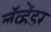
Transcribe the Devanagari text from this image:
लॅव्हेंडर